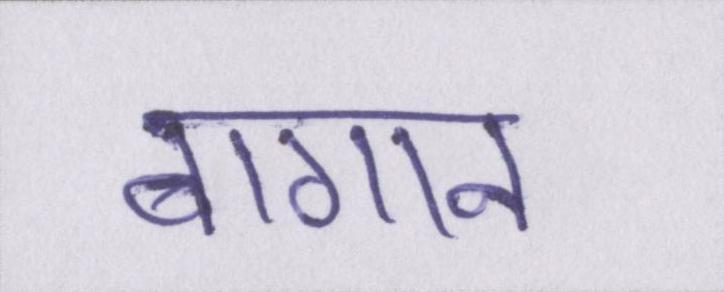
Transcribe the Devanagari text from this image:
बागान